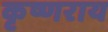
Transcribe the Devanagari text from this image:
कृष्णराय